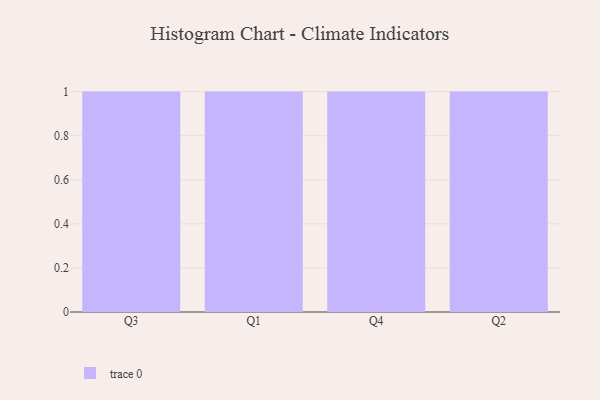
{"axis": {"x": "Quarter", "y": "LTV (USD)"}, "legend": [""], "data": [{"x": "Q3", "y": 95, "type": ""}, {"x": "Q1", "y": 24, "type": ""}, {"x": "Q4", "y": 96, "type": ""}, {"x": "Q2", "y": 54, "type": ""}]}